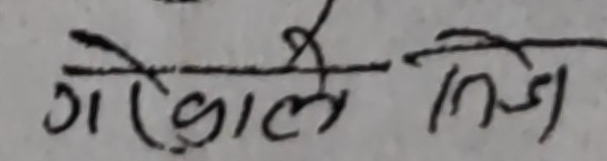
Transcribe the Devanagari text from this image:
गेगोले निज